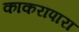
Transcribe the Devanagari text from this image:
काकरापारा